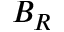
B _ { R }